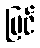
မြင်